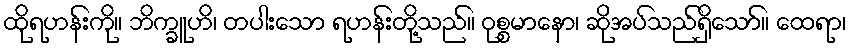
ထိုရဟန်းကို။ ဘိက္ခူဟိ၊ တပါးသော ရဟန်းတို့သည်။ ဝုစ္စမာနော၊ ဆိုအပ်သည်ရှိသော်။ ထေရာ၊